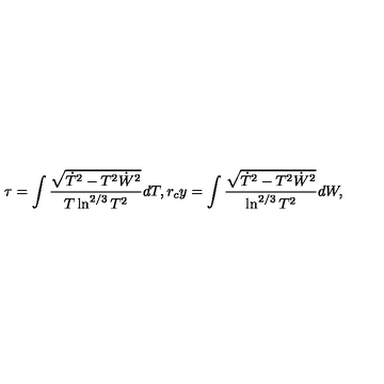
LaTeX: \tau = \int \frac { \sqrt { \dot { T } ^ { 2 } - T ^ { 2 } \dot { W } ^ { 2 } } } { T \ln ^ { 2 / 3 } T ^ { 2 } } d T , r _ { c } y = \int \frac { \sqrt { \dot { T } ^ { 2 } - T ^ { 2 } \dot { W } ^ { 2 } } } { \ln ^ { 2 / 3 } T ^ { 2 } } d W ,